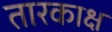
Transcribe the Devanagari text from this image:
तारकाक्ष